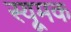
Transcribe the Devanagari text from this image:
स्यूमक